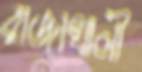
রাজাখালী